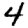
Digit: 4